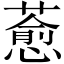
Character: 𦾤